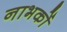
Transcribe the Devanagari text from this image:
नाभकों